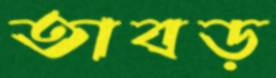
তাবড়